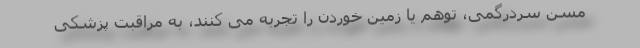
مسن سردرگمی، توهم یا زمین خوردن را تجربه می کنند، به مراقبت پزشکی